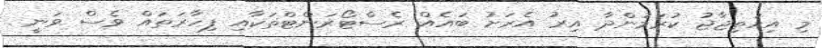
މި އިހުތިޖާޖު ކުރަމުންދާ އިރު އެރަށު ބައެއް ރެސްޓޯރަންޓްތަކާއި ފިހާރަތައް ވެސް ވަނީ